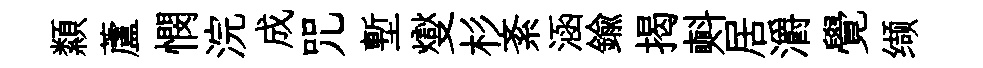
纇蘆憫浣成咒塹燮杉紊涵鍮揭㪺居灂覺缬